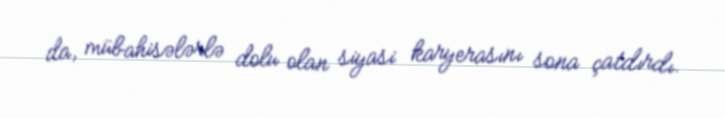
da, mübahisələrlə dolu olan siyasi karyerasını sona çatdırdı.